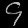
Digit: ၄